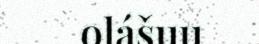
olášuu